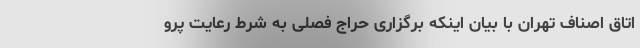
اتاق اصناف تهران با بیان اینکه برگزاری حراج فصلی به شرط رعایت پرو